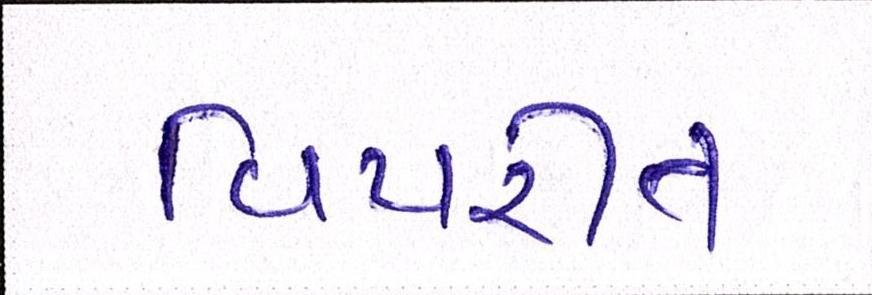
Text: વિપરીત